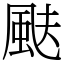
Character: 颫